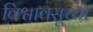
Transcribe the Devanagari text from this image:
विश्वावसूच्या